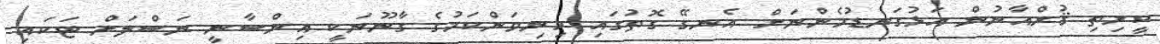
ކީރިތި ޤުރްއާނުން އަޅުގަނޑުމެންނަށް އެނގޭ ގޮތުގައި މިނިވަންކަމުގެ ގާނޫނަކީ އިންސާނީ ނަސްލަށް ޓަކައި